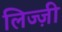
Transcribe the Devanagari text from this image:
लिज्ज़ी